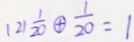
( 2 ) \frac { 1 } { 2 0 } \textcircled { + } \frac { 1 } { 2 0 } = 1